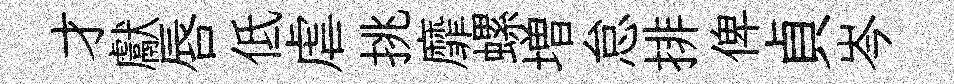
才獻唇低虐挑靡螺増怠排俾貞岑